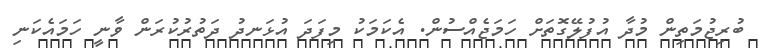
ބުރިޖުމަތިން މުދާ އުފުލޭގޮތަށް ހަމަޖެއްސުން. އެކަމަކު މިފަދަ އުޅަނދު ދަތުރުކުރަން ވާނީ ހަމައެކަނި